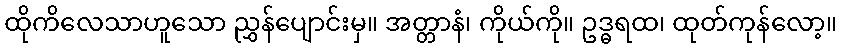
ထိုကိလေသာဟူသော ညွှန်ပျောင်းမှ။ အတ္တာနံ၊ ကိုယ်ကို။ ဥဒ္ဓရထ၊ ထုတ်ကုန်လော့။